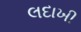
લદાખી